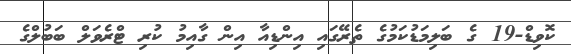
ކޮވިޑް-19 ގެ ބަލިމަޑުކަމުގެ ތެރޭގައި އިންޑިއާ އިން ގާއިމު ކުރި ޓްރެވަލް ބަބުލްގެ